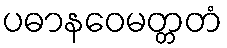
ပဓာနဝေမတ္တတံ